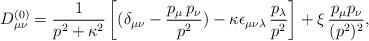
LaTeX: \begin{align*}D_{\mu \nu}^{(0)} = \frac{1}{p^2 + \kappa^2} \left[(\delta_{\mu \nu} -\frac{p_{\mu} \,p_{\nu}}{p^2})- \kappa \epsilon_{\mu \nu\lambda}\,{p_{\lambda}\over p^{2}}\right] + \xi\,\frac{p_{\mu}p_{\nu}}{(p^2)^2},\end{align*}